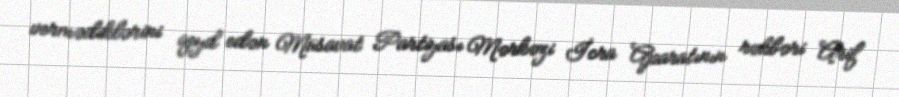
vermədiklərini qeyd edən Müsavat Partiyası Mərkəzi İcra Aparatının rəhbəri Arif